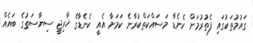
ގައުމުތަކުގައި ފެތުރުމަށް ކެނެޑާ މަސައްކަތްކުރާނެ ކަމަށާ އެއީ ކެނެޑާގެ ޚާރިޖީ ސިޔާސަތުގެ ބައެއް